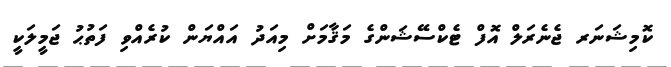
ކޮމިޝަނަރ ޖެނެރަލް އޮފް ޓެކްސޭޝަންގެ މަޤާމަށް މިއަދު އައްޔަން ކުރެއްވި ފަތުޙު ޖަމީލަކީ